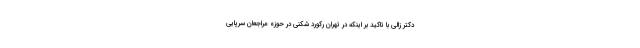
دکتر زالی با تاکید بر اینکه در تهران رکورد شکنی در حوزه مراجعان سرپایی